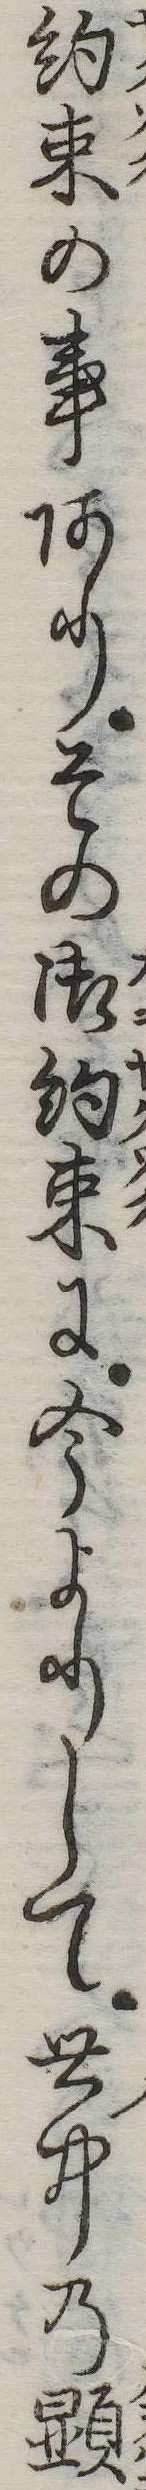
約束の事ありその御約束に今よりして世中の顕